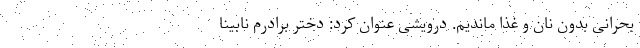
بحرانی بدون نان و غذا ماندیم. درویشی عنوان کرد: دختر برادرم نابینا